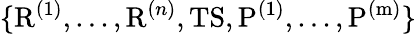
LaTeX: \{ \mathrm{R}^{(1)},...,\mathrm{R}^{(n)},\mathrm{TS},\mathrm{P^{(1)}},...,\mathrm{P^{(m)}}\}